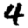
Digit: 4